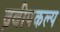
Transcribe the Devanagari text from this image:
द्रवीपकल्प